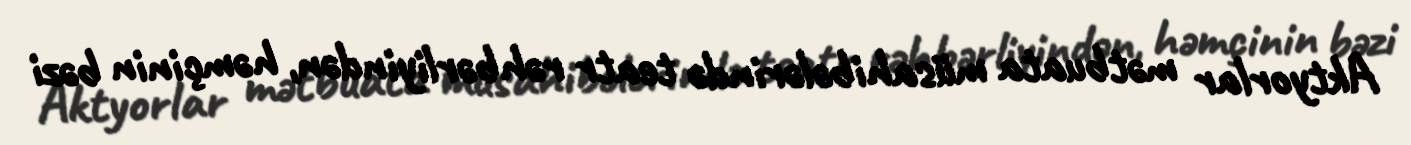
Aktyorlar mətbuata müsahibələrində teatr rəhbərliyindən, həmçinin bəzi